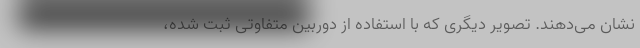
نشان می‌دهند. تصویر دیگری که با استفاده از دوربین متفاوتی ثبت شده،